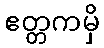
ဧတ္တကမှိ